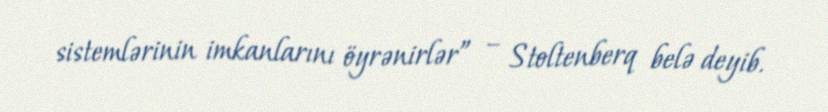
sistemlərinin imkanlarını öyrənirlər” – Stoltenberq belə deyib.